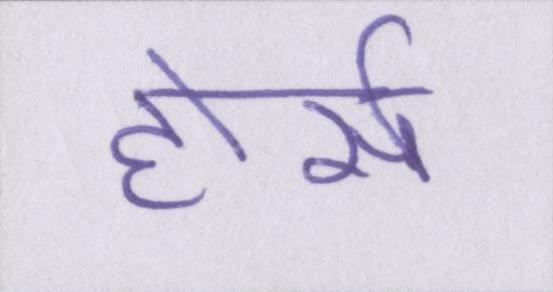
होर्स